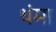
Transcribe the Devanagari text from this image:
थंमा